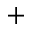
+